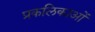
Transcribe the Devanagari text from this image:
प्रकलिकाओं